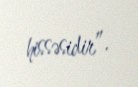
hissəsidir”.